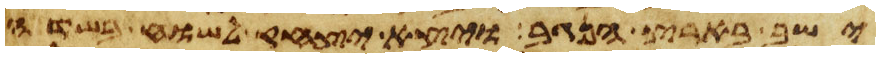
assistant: ישב בארץ הנגב ויצא יצחק לשוח בשדה